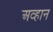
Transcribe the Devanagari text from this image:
अव्हान